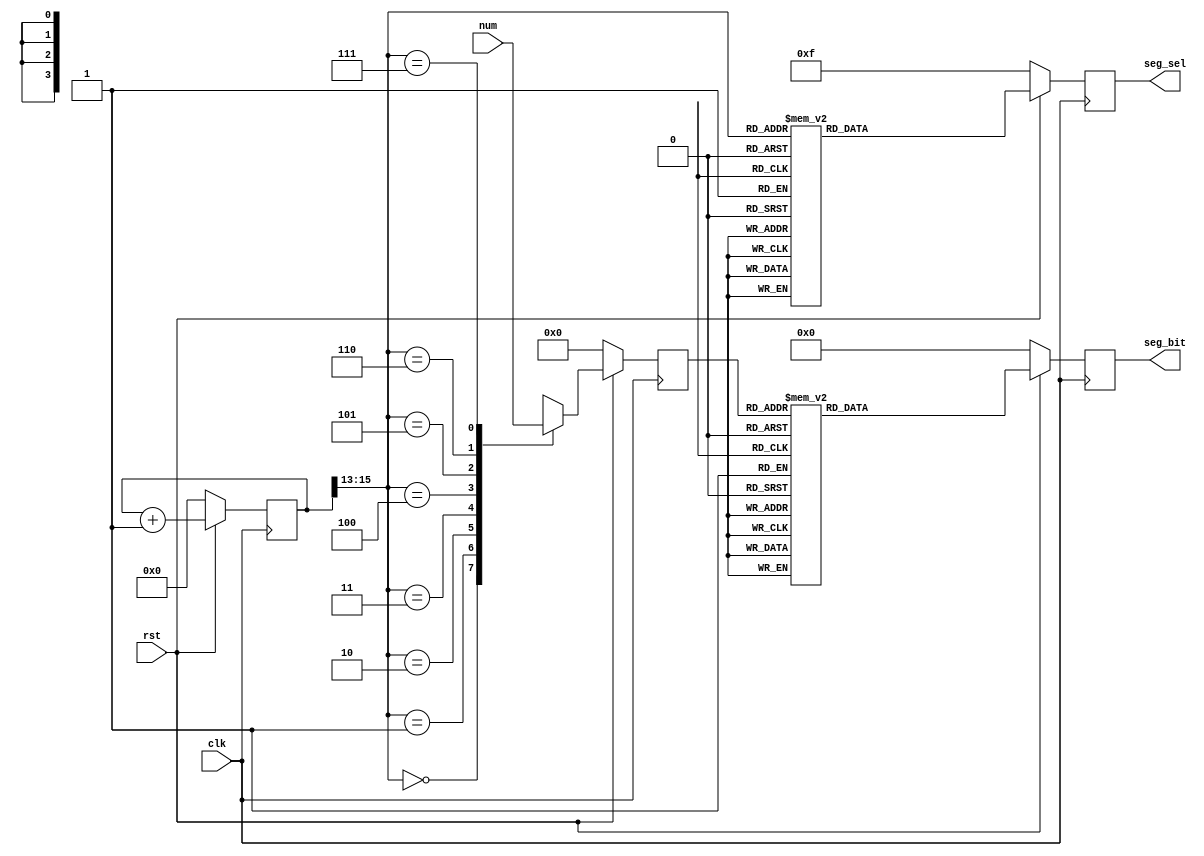
module SegDisplay(
    input clk,
    input rst,
    input [31:0] num,
    output reg[7:0] seg_sel,
    output reg[7:0] seg_bit
);

    reg[15:0] counter;
    reg[3:0] cur_num;

    always @(posedge clk) begin
        if (!rst) begin
            counter <= 0;
        end
        else begin
            counter <= counter + 1;
        end
    end

    always @(posedge clk) begin
        if (!rst) begin
            seg_sel <= 8'hf;
        end
        else begin
            case (counter[15:13])
                3'd0: seg_sel <= 8'b01111111;
                3'd1: seg_sel <= 8'b10111111;
                3'd2: seg_sel <= 8'b11011111;
                3'd3: seg_sel <= 8'b11101111;
                3'd4: seg_sel <= 8'b11110111;
                3'd5: seg_sel <= 8'b11111011;
                3'd6: seg_sel <= 8'b11111101;
                3'd7: seg_sel <= 8'b11111110;
                default:;
            endcase
        end
    end

    always @(posedge clk) begin
        if (!rst) begin
            cur_num <= 0;
        end
        else begin
            case (counter[15:13])
                3'd0: cur_num <= num[31:28];
                3'd1: cur_num <= num[27:24];
                3'd2: cur_num <= num[23:20];
                3'd3: cur_num <= num[19:16];
                3'd4: cur_num <= num[15:12];
                3'd5: cur_num <= num[11:8];
                3'd6: cur_num <= num[7:4];
                3'd7: cur_num <= num[3:0];
                default:;
            endcase
        end
    end

    always @(posedge clk) begin
        if (!rst) begin
            seg_bit <= 0;
        end
        else begin
            case (cur_num)
                4'h0: seg_bit <= 8'b11111100;
                4'h1: seg_bit <= 8'b01100000;
                4'h2: seg_bit <= 8'b11011010;
                4'h3: seg_bit <= 8'b11110010;
                4'h4: seg_bit <= 8'b01100110;
                4'h5: seg_bit <= 8'b10110110;
                4'h6: seg_bit <= 8'b10111110;
                4'h7: seg_bit <= 8'b11100000;
                4'h8: seg_bit <= 8'b11111110;
                4'h9: seg_bit <= 8'b11110110;
                4'ha: seg_bit <= 8'b11101110;
                4'hb: seg_bit <= 8'b00111110;
                4'hc: seg_bit <= 8'b10011100;
                4'hd: seg_bit <= 8'b01111010;
                4'he: seg_bit <= 8'b10011110;
                4'hf: seg_bit <= 8'b10001110;
            endcase
        end
    end

endmodule